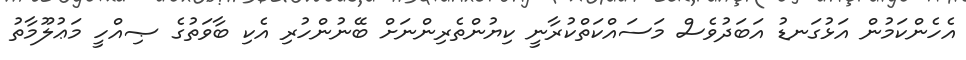
އެހެންކަމުން އަޅުގަނޑު އަބަދުވެސް މަސައްކަތްކުރާނީ ކިޔުންތެރިންނަށް ބޭނުންހުރި އެކި ބާވަތުގެ ޞިއްހީ މަޢުލޫމާތު